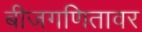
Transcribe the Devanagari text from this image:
बीजगणितावर